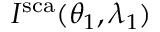
I ^ { \mathrm { s c a } } ( \theta _ { 1 } , \lambda _ { 1 } )